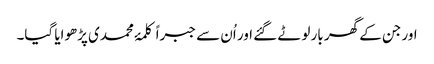
اور جن کے گھر بار لوٹے گئے اور اُن سے جبراً کلمۂ محمدی پڑھوایا گیا۔